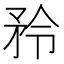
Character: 矝